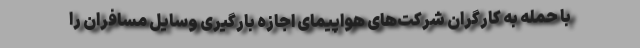
با حمله به کارگران شرکت‌های هواپیمای اجازه بارگیری وسایل مسافران را